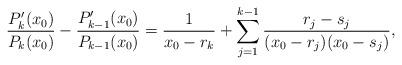
LaTeX: \begin{align*}\frac{P'_{k}(x_0)}{P_k(x_0)}-\frac{P'_{k-1}(x_0)}{P_{k-1}(x_0)} = \frac{1}{x_0-r_k} + \sum_{j=1}^{k-1} \frac{r_j-s_j}{(x_0-r_j)(x_0-s_j)},\end{align*}